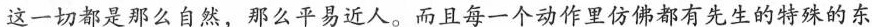
这一切都是那么自然，那么平易近人。而且每一个动作里仿佛都有先生的特殊的东